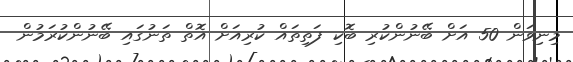
މިނިވަން 50 އަށް ބޭނުންކުރި ބޮކި ފަތިތައް ކުރިއަށް އޮތް ތަނުގައި ބޭނުންކުރަމުން